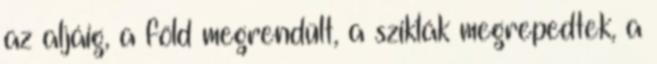
az aljáig, a föld megrendült, a sziklák megrepedtek, a